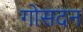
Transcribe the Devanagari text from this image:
गोसदन